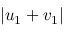
| u _ { 1 } + v _ { 1 } |